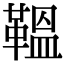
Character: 鞰